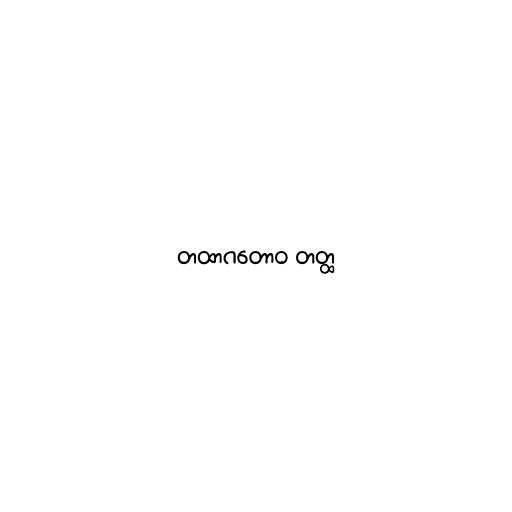
တထာဂတောဝ တတ္ထ